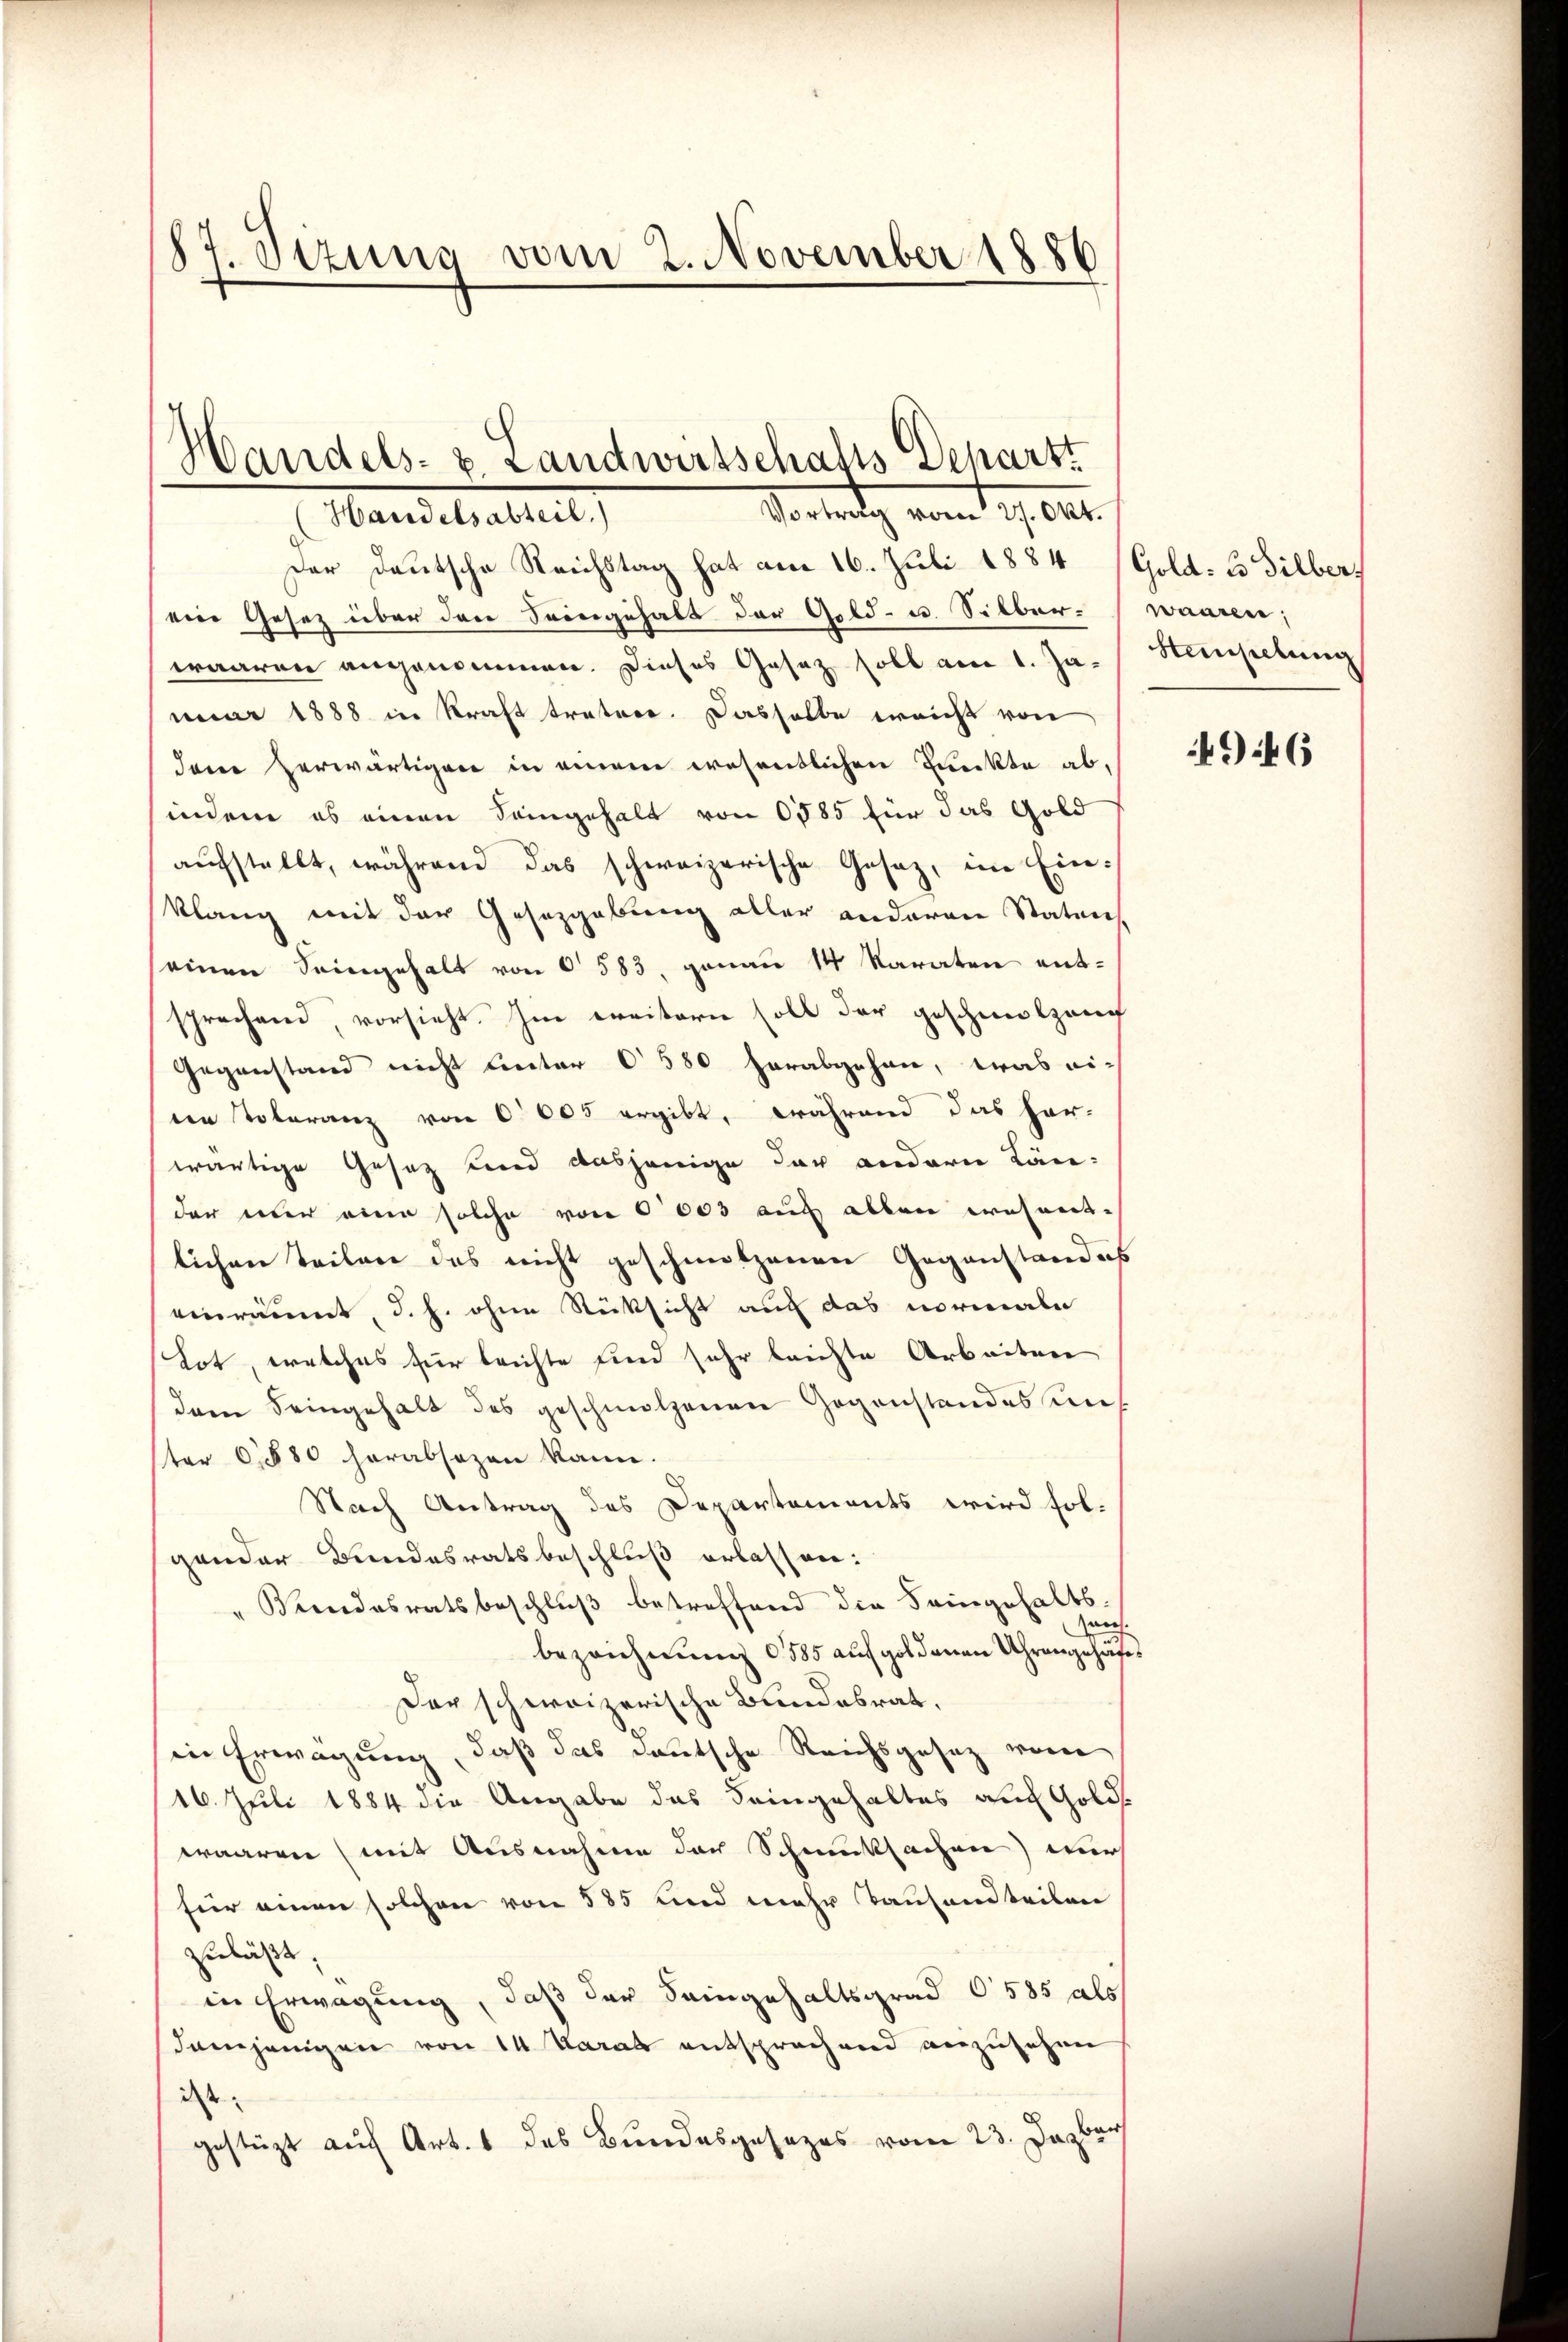
87. Sizung vom 2. November 1886

Handels- u. Landwirtschafts Deparst
Vortrath vom 19. 101.
Handelmattet,

Der Deutsche Reichstag hat am 16. Juli 1884 (Gold- u Silber,
ein Gesetz über den Seingehalt der Geld- u. Silber-waaren;
waaren angenommen. Dieses Gesetz soll am 1. Ja.   Hampelung
nuar 1888 in Kraft tratore. Dasselbe ereicht von
dene herwärtigen in einem wesentlichen Punckte abindem es einen Seingehalt von 0585 für das Gold
aufstellt, während das schweizerische Gesaz, im Einklang mit der Gesetzgebung aller anderen Staten,
seinen Seingehalt von § 583, genau 14 Karaten entsprechend, vorsieht. Im ereitern soll der geschmolzen
Gegenstand nicht unter 580 herabgehen, was eieen Toleranz von 6000 ergibt, während das her-
wärtige Gesetz und dasjenige der andern Länder über eine solche von 1003 auch allen wesentlichen Teilen des nicht geschmalzenen Gegenstandes
einräumt, d. h. ohne Rücksicht auch das normale
Tot, welches für leichte sind sehr leichte Arbeiten
dam seingehalt des geschmolzenen Gegenstandes uns
ster 1880 herabsagen kann.
Nach Antrag des Departements wird fol-
gander Bundesratsbeschluß erlassen:
" Kundesratsbeschluß betreffend die Seingehaltssreeh
bezeichnung 1885 auf goldenen Uhrengehäfe¬
Der schweizerische Bundesrat,
in Erwägung, daß das deutsche Reichsgesetz von
16. Juli 1884 die Angabe das Seingehaltes auf Golds
waaren (mit Ausnahme der Schmucksachen wur
für einen solchen von 585 und mehr Tausandteilen
zuläßt,
in Erwägung, daß der Seingehaltsgrad 6585 als
demjenigen von 14 Karab entsprochend anzusehen
dass
gestützt auf Art. 1 des Bundesgesezes vom 23. Dezbri

4946